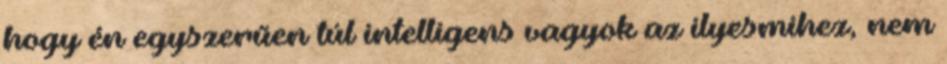
hogy én egyszerűen túl intelligens vagyok az ilyesmihez, nem